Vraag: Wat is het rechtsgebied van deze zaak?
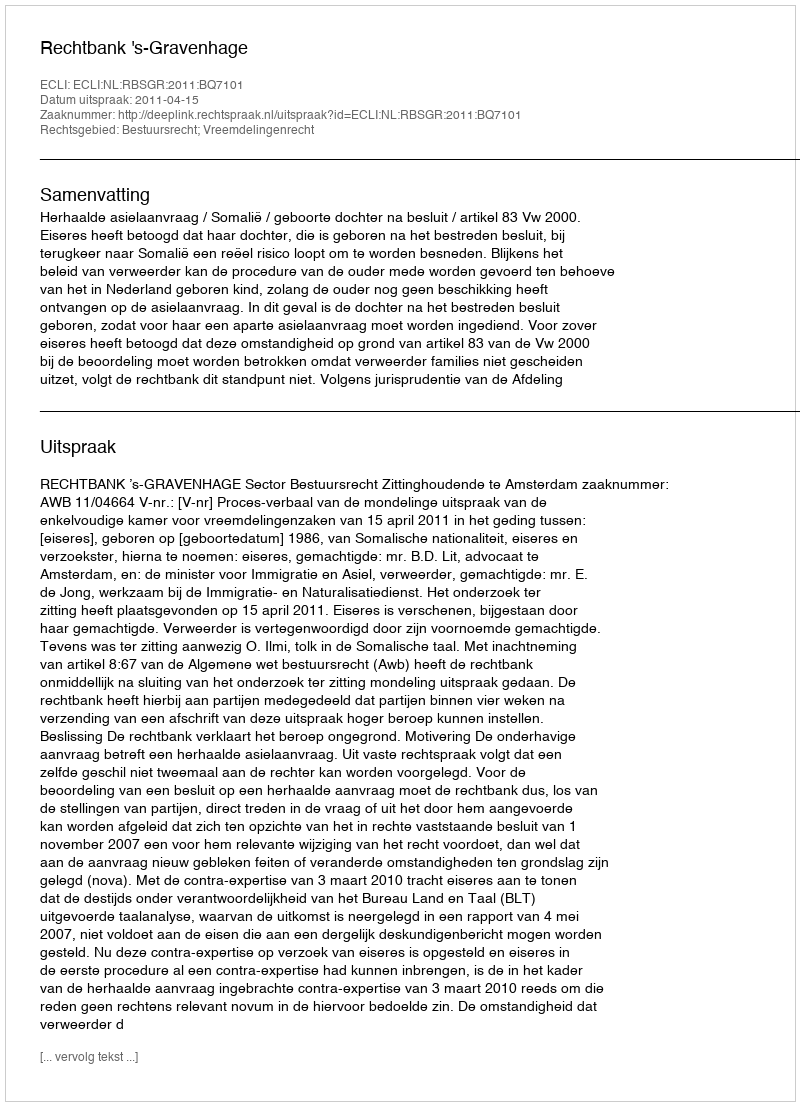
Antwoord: Bestuursrecht; Vreemdelingenrecht